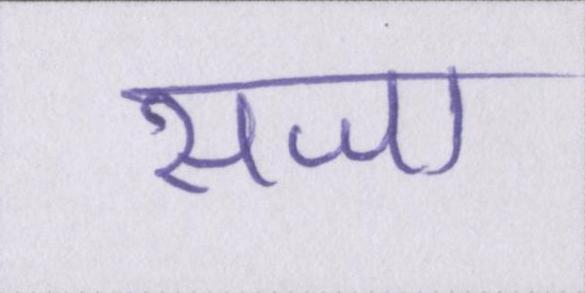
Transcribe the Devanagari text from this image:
सजा